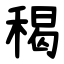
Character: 䅥